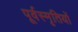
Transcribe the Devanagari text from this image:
पूर्वस्मृतियों